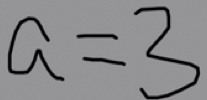
a = 3